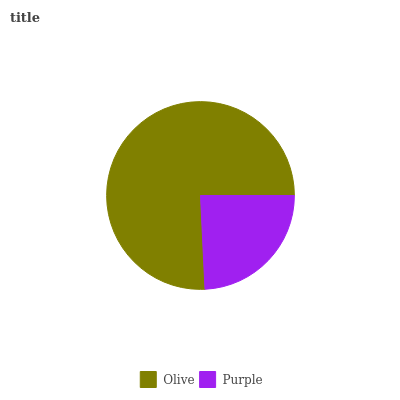
| Olive | Purple |
 | --- | --- |
 | 75.8% | 24.2% |